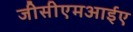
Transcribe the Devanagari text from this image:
जीसीएमआईए